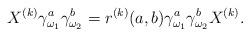
LaTeX: \begin{align*}X^{(k)}\gamma_{\omega_{1}}^{a}\gamma_{\omega_{2}}^{b}=r^{(k)}(a,b)\gamma_{\omega_{1}}^{a}\gamma_{\omega_{2}}^{b}X^{(k)}.\end{align*}